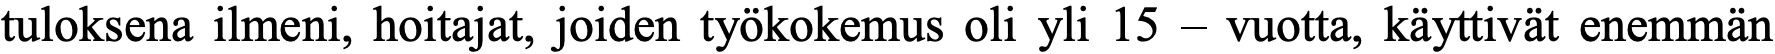
tuloksena ilmeni, hoitajat, joiden työkokemus oli yli 15 – vuotta, käyttivät enemmän